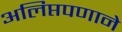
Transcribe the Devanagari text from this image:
अलिप्तपणाने